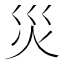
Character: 災